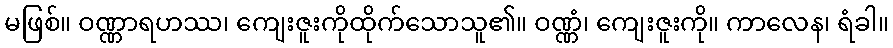
မဖြစ်။ ဝဏ္ဏာရဟဿ၊ ကျေးဇူးကိုထိုက်သောသူ၏။ ဝဏ္ဏံ၊ ကျေးဇူးကို။ ကာလေန၊ ရံခါ။